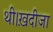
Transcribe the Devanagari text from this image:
थी।ख़दीजा